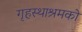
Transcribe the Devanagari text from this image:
गृहस्थाश्रमको